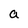
Character: a